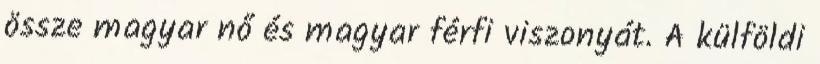
össze magyar nő és magyar férfi viszonyát. A külföldi